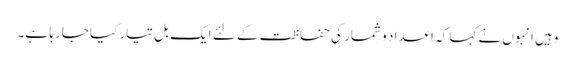
وہیں انہوں نے کہا کہ اعداد و شمار کی حفاظت کے لئے ایک بل تیار کیا جا رہا ہے۔